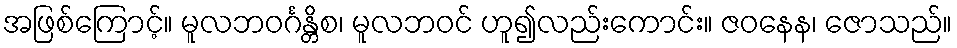
အဖြစ်ကြောင့်။ မူလဘဝင်္ဂန္တိစ၊ မူလဘဝင် ဟူ၍လည်းကောင်း။ ဇဝနေန၊ ဇောသည်။